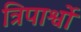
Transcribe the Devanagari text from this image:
त्रिपार्श्वो